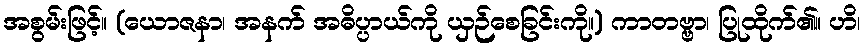
အစွမ်းဖြင့်။ (ယောဇနာ၊ အနက် အဓိပ္ပာယ်ကို ယှဉ်စေခြင်းကို။) ကာတဗ္ဗာ၊ ပြုထိုက်၏။ ဟိ၊